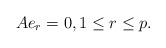
LaTeX: \begin{align*} Ae_r= 0, 1 \leq r \leq p. \end{align*}